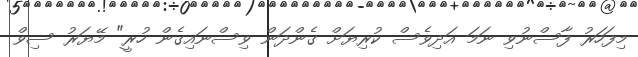
މިފަހަރު ފާސްނުވި ނަމަ އަދިވެސް ކުރިޔަށް ގެންދަން ވިސްނައިގެން ހުރީ" މޭޔަރު ސިވް